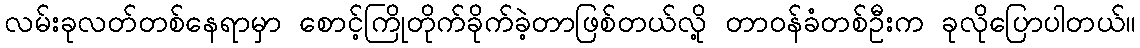
လမ်းခုလတ်တစ်နေရာမှာ စောင့်ကြိုတိုက်ခိုက်ခဲ့တာဖြစ်တယ်လို့ တာဝန်ခံတစ်ဦးက ခုလိုပြောပါတယ်။